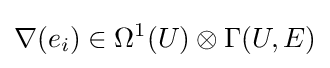
\nabla (e_{i})\in \Omega ^{1}(U)\otimes \Gamma (U,E)